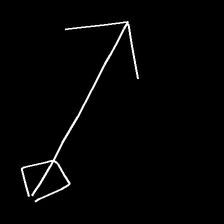
Glyph: focus